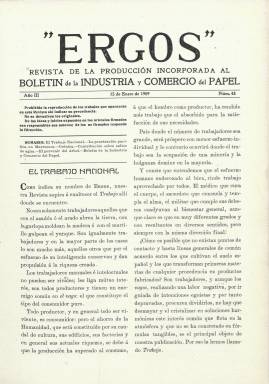
Título: Ergos (Madrid)
Otros títulos: Boletín de la industria y comercio del papel
Colección: Industria
Ámbito geográfico: Madrid
Lugar de publicación: Madrid
Fechas: 15/01/1909-15/12/1909

Publicación quincenal que aparece el 15 de enero de 1909, pero siguiendo la secuencia (año III, número 48) del Boletín de la industria y comercio del papel, que se había publicado previamente en 1907 y 1908,  e incluyendo a éste en la misma entrega y con su propia cabecera. Reinicia la numeración de las páginas, pero ambos títulos comparten la misma foliación. Bajo la cabecera Ergos se indica el subtítulo “revista de la producción incorporada al Boletín de la industria y comercio del papel”, continuando también éste la secuencia de la serie. El artículo de presentación del nuevo título, bajo el epígrafe El trabajo nacional, hace referencia a su significado en griego: Trabajo, aludiendo a la alianza entre los productores manuales e intelectuales, entre los productores y los consumidores, y al hecho de que la producción industrial hubiera superado al consumo, ofreciendo asimismo un canto elogioso a la laboriosidad de la sociedad.

En las páginas que siguen a la cabecera Ergos son publicados artículos y crónicas referidos al mundo laboral, pero también al de la política, tanto de ámbito nacional como internacional (Marruecos, Francia, etc.), siendo otros de carácter técnico, económico y comercial, como es el caso de los aranceles. Generalmente, no son firmados sus textos, y algunos lo hacen bajo iniciales: A.H., H.V., J.J., L.R., F.S o R.C. Algunos son también reproducciones, e incluye, asimismo, estadísticas. En las páginas que siguen a la cabecera del boletín, se incluyen también textos generalmente de carácter técnico, referidos a la industria, a la manipulación, comercialización, fomento y defensa de la producción papelera y sus afines. Sigue manteniendo la sección Misceláneas, para dar cuenta de noticias breves sobre el sector, así como las referidas a las cotizaciones del mercado de pastas y de la Bolsa de Bilbao. Inserta alguna que otra fotografía y publicidad.

Ambas publicaciones se configuran como órgano oficial de la La Papelera Española, S.A., empresa que dominará el sector desde su constitución en 1902, cuyo director general fue Nicolás María Urgoiti (1869-1951) y sobre la que ofrecerá interesantes informaciones y datos económicos. Sus entregas quincenales son, generalmente, de 16 páginas, compuestas a dos columnas e impresas en papel couché en la Imprenta Taller de E. Arrigorriaga, siendo su tirada de unos 2.500 ejemplares.

La colección de la Biblioteca Nacional de España sólo alcanza hasta su número 70, correspondiente al 15 de diciembre de 1909, pero este título siguió publicándose, y se sabe que en 1918 llevaba editadas 281 entregas.